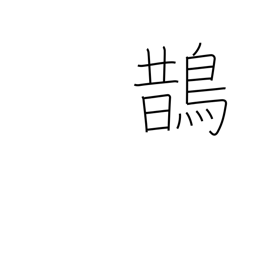
Meaning: magpie